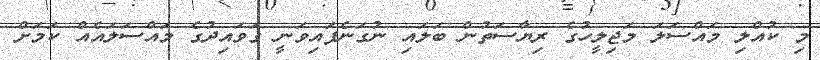
މި ކުއްލި މައްސަލަ މަޖިލީހުގެ ރިޔާސަތުން ބަލައި ނުގަނެފައިވަނީ ގަވައިދުގެ މައްސަލައެއް ކަމަށް